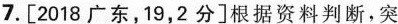
7.[2018广东，19，2分]根据资料判断，突